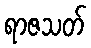
ရာဇသတ်